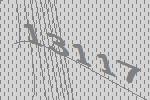
13117